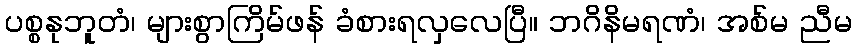
ပစ္စနုဘူတံ၊ များစွာကြိမ်ဖန် ခံစားရလှလေပြီ။ ဘဂိနိမရဏံ၊ အစ်မ ညီမ